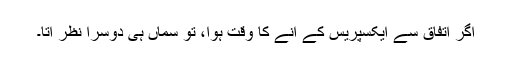
اگر اتفاق سے ایکسپریس کے آنے کا وقت ہوا، تو سماں ہی دوسرا نظر آتا۔